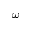
\boldsymbol { \omega }